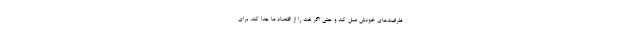
ظرفیت‌های خودش عمل کند و حتی اگر نفت را از اقتصاد ما جدا کند، برای